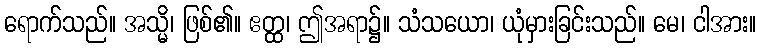
ရောက်သည်။ အသ္မိ၊ ဖြစ်၏။ ဧတ္ထ၊ ဤအရာ၌။ သံသယော၊ ယုံမှားခြင်းသည်။ မေ၊ ငါအား။